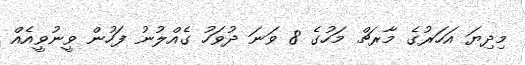
މިދިޔަ އަހަރުގެ މާރޗް މަހުގެ 8 ވަނަ ދުވަހު ގެއްލުނު ފަހުން ވީނުވީއެއް